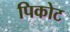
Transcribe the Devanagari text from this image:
पिकोट